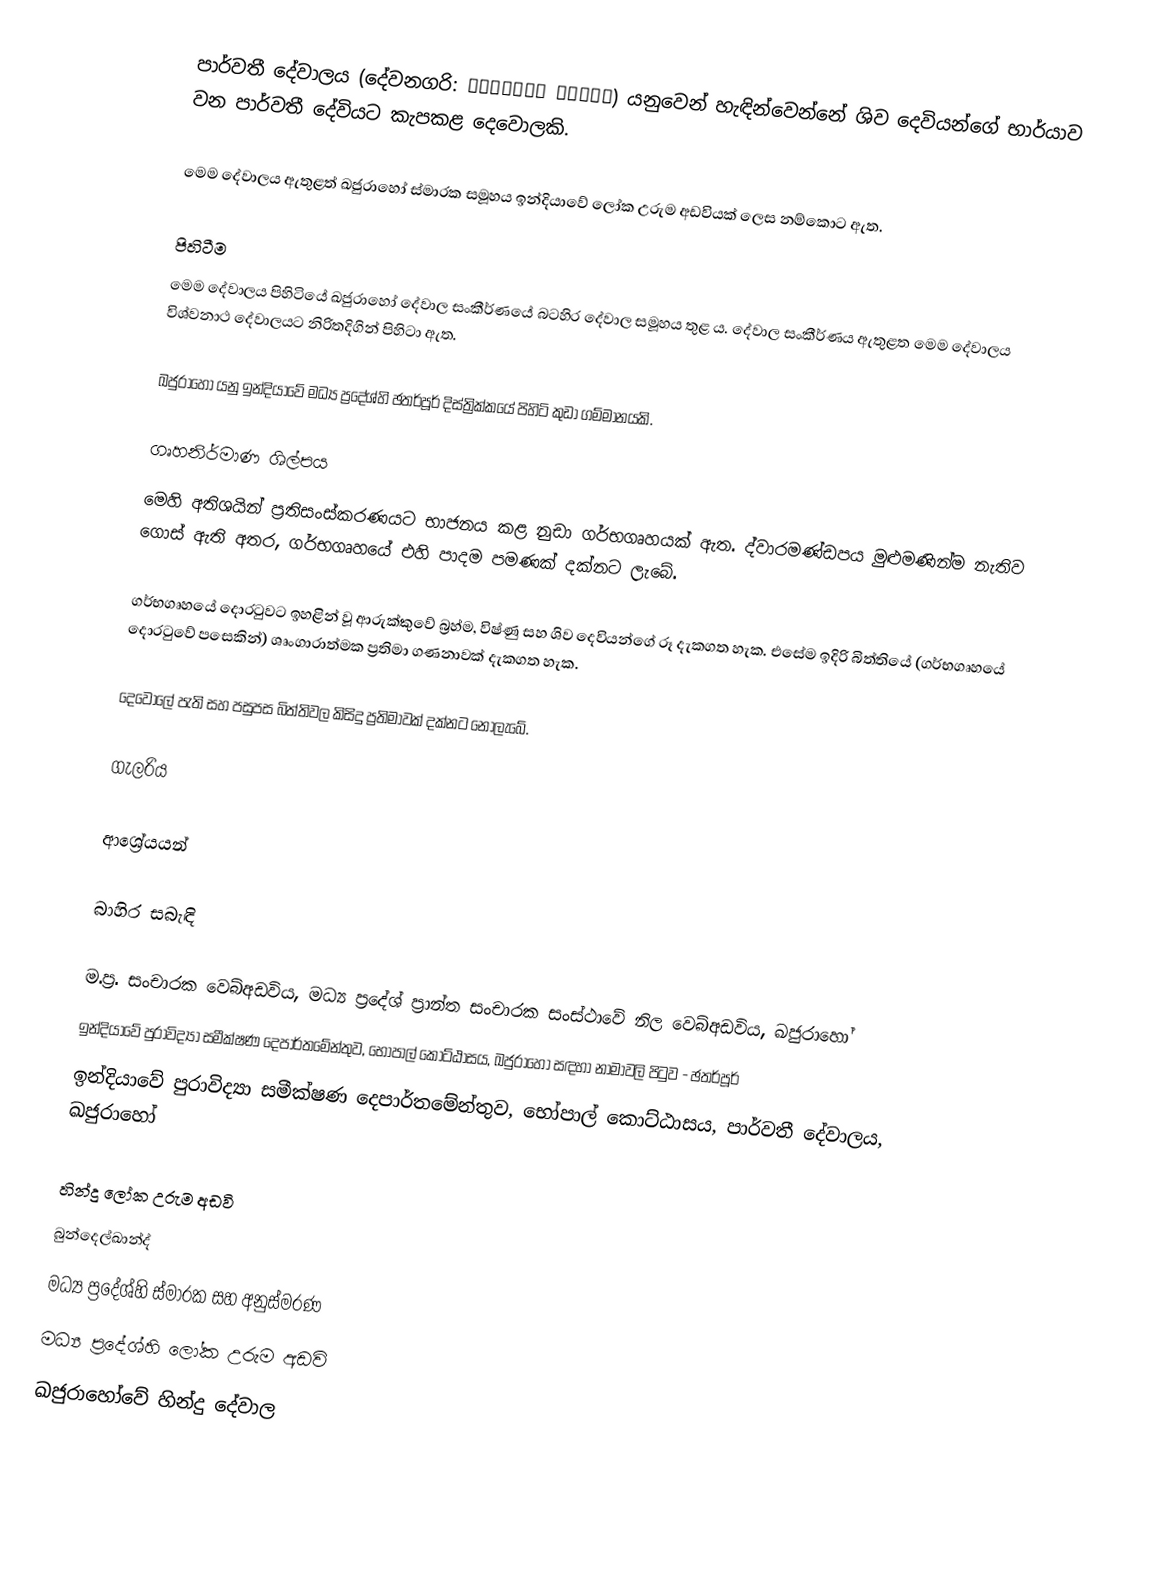
පාර්වතී දේවාලය (දේවනගරි: पार्वती मंदिर) යනුවෙන් හැඳින්වෙන්නේ ශිව දෙවියන්ගේ භාර්යාව වන පාර්වතී දේවියට කැපකළ දෙවොලකි.

මෙම දේවාලය ඇතුළත් ඛජුරාහෝ ස්මාරක සමූහය ඉන්දියාවේ ලෝක උරුම අඩවියක් ලෙස නම්කොට ඇත.

පිහිටීම
මෙම දේවාලය පිහිටියේ ඛජුරාහෝ දේවාල සංකීර්ණයේ බටහිර දේවාල සමූහය තුළ ය. දේවාල සංකීර්ණය ඇතුළත මෙම දේවාලය විශ්වනාථ දේවාලයට නිරිතදිගින් පිහිටා ඇත.

ඛජුරාහෝ යනු ඉන්දියාවේ මධ්‍ය ප්‍රදේශ්හි ඡතර්පූර් දිස්ත්‍රික්කයේ පිහිටි කුඩා ගම්මානයකි.

ගෘහනිර්මාණ ශිල්පය
මෙහි අතිශයින් ප්‍රතිසංස්කරණයට භාජනය කළ නුඩා ගර්භගෘහයක් ඇත. ද්වාරමණ්ඩපය මුළුමණින්ම නැතිව ගොස් ඇති අතර, ගර්භගෘහයේ එහි පාදම පමණක් දක්නට ලැබේ.

ගර්භගෘහයේ දොරටුවට ඉහළින් වූ ‍ආරුක්කුවේ බ්‍රහ්ම, විෂ්ණු සහ ශිව දෙවියන්ගේ රූ දැකගත හැක. එසේම ඉදිරි බිත්තියේ (ගර්භගෘහයේ දොරටුවේ පසෙකින්) ශෘංගාරාත්මක ප්‍රතිමා ගණනාවක් දැකගත හැක.

දෙවොලේ පැති සහ පසුපස බිත්තිවල කිසිදු ප්‍රතිමාවක් දක්නට නොලැබේ.

ගැලරිය

ආශ්‍රේයයන්

බාහිර සබැඳි

 ම.ප්‍ර. සංචාරක වෙබ්අඩවිය, මධ්‍ය ප්‍රදේශ් ප්‍රාන්ත සංචාරක සංස්ථාවේ නිල වෙබ්අඩවිය,  ඛජුරාහෝ
 ඉන්දියාවේ පුරාවිද්‍යා සමීක්ෂණ දෙපාර්තමේන්තුව, භෝපාල් කොට්ඨාසය, ඛජුරාහෝ සඳහා නාමාවලි පිටුව - ඡතර්පූර්
 ඉන්දියාවේ පුරාවිද්‍යා සමීක්ෂණ දෙපාර්තමේන්තුව, භෝපාල් කොට්ඨාසය, පාර්වතී දේවාලය, ඛජුරාහෝ

හින්දු ලෝක උරුම අඩවි
බුන්දෙල්ඛාන්ද්
මධ්‍ය ප්‍රදේශ්හි ස්මාරක සහ අනුස්මරණ
මධ්‍ය ප්‍රදේශ්හි ලෝක උරුම අඩවි
ඛජුරාහෝවේ හින්දු දේවාල